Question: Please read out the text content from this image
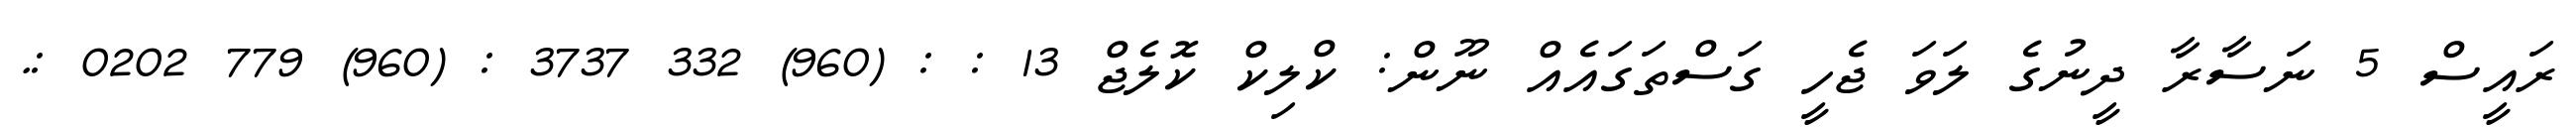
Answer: ރައީސް 5 ނަސާރާ ދީނުގެ ލަވަ ޖެހީ ގަސްތަގައެއް ނޫން: ކްލިކް ކޮލެޖް 13 : : (960) 332 3737 : (960) 779 0202 :.